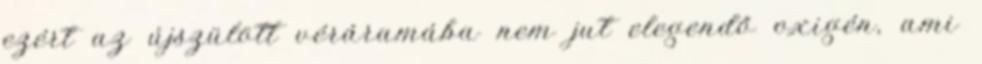
ezért az újszülött véráramába nem jut elegendő oxigén, ami